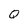
Character: Q